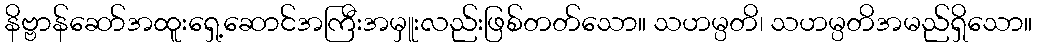
နိဗ္ဗာန်ဆော်အထူးရှေ့ဆောင်အကြီးအမှူးလည်းဖြစ်တတ်သော။ သဟမ္ပတိ၊ သဟမ္ပတိအမည်ရှိသော။